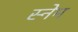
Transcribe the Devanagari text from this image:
स्नेम